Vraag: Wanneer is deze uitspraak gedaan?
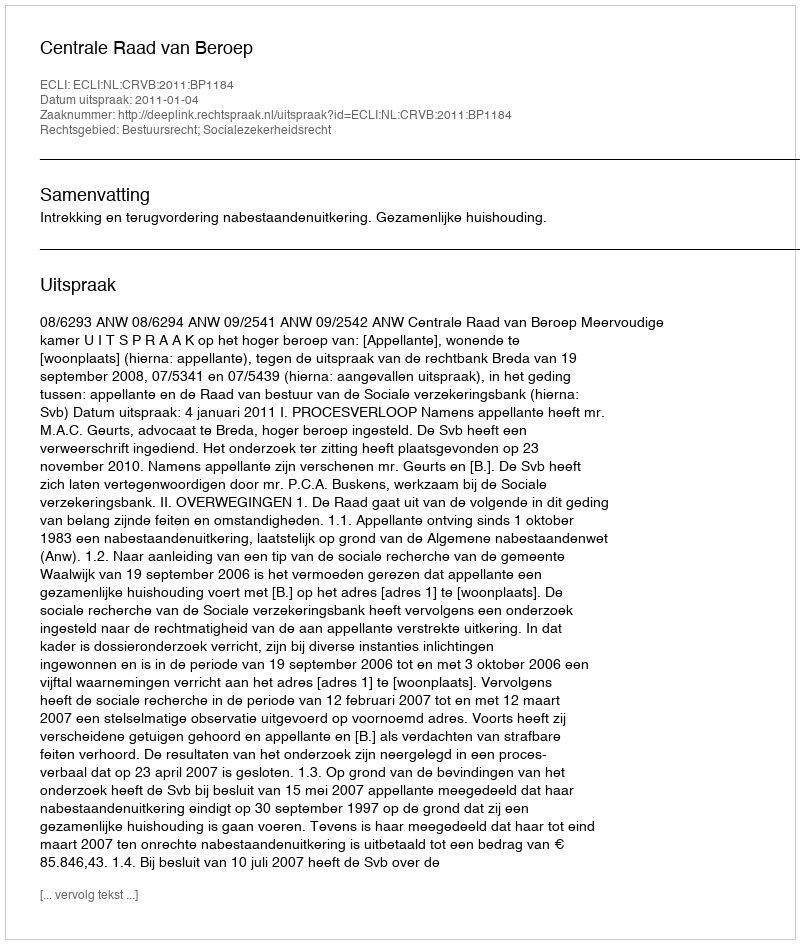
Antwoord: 2011-01-04